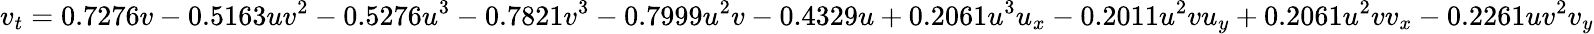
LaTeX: v_{t}=0.7276v-0.5163uv^{2}-0.5276u^{3}-0.7821v^{3}-0.7999u^{2}v-0.4329u+0.2061u^{3}u_{x}-0.2011u^{2}vu_{y}+0.2061u^{2}vv_{x}-0.2261uv^{2}v_{y}